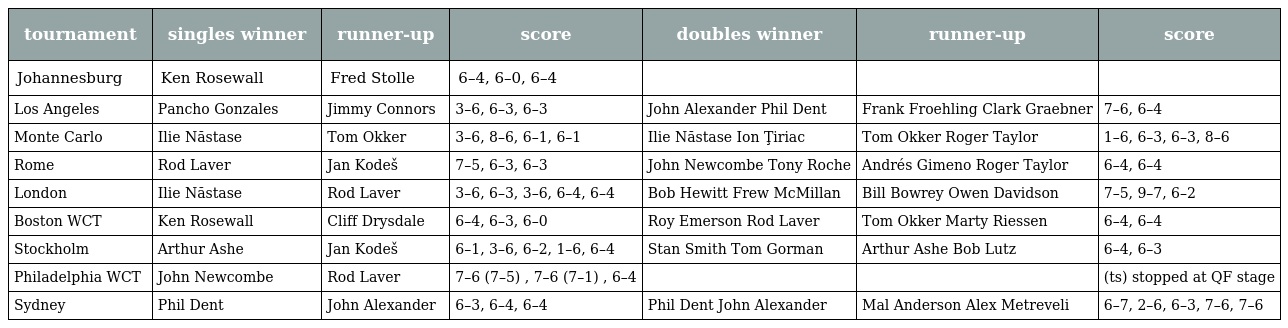
| tournament | singles winner | runner-up | score | doubles winner | runner-up | score |
 | --- | --- | --- | --- | --- | --- | --- |
 | Johannesburg | Ken Rosewall | Fred Stolle | 6–4, 6–0, 6–4 |  |  |  |
 | Los Angeles | Pancho Gonzales | Jimmy Connors | 3–6, 6–3, 6–3 | John Alexander Phil Dent | Frank Froehling Clark Graebner | 7–6, 6–4 |
 | Monte Carlo | Ilie Năstase | Tom Okker | 3–6, 8–6, 6–1, 6–1 | Ilie Năstase Ion Ţiriac | Tom Okker Roger Taylor | 1–6, 6–3, 6–3, 8–6 |
 | Rome | Rod Laver | Jan Kodeš | 7–5, 6–3, 6–3 | John Newcombe Tony Roche | Andrés Gimeno Roger Taylor | 6–4, 6–4 |
 | London | Ilie Năstase | Rod Laver | 3–6, 6–3, 3–6, 6–4, 6–4 | Bob Hewitt Frew McMillan | Bill Bowrey Owen Davidson | 7–5, 9–7, 6–2 |
 | Boston WCT | Ken Rosewall | Cliff Drysdale | 6–4, 6–3, 6–0 | Roy Emerson Rod Laver | Tom Okker Marty Riessen | 6–4, 6–4 |
 | Stockholm | Arthur Ashe | Jan Kodeš | 6–1, 3–6, 6–2, 1–6, 6–4 | Stan Smith Tom Gorman | Arthur Ashe Bob Lutz | 6–4, 6–3 |
 | Philadelphia WCT | John Newcombe | Rod Laver | 7–6 (7–5) , 7–6 (7–1) , 6–4 |  |  | (ts) stopped at QF stage |
 | Sydney | Phil Dent | John Alexander | 6–3, 6–4, 6–4 | Phil Dent John Alexander | Mal Anderson Alex Metreveli | 6–7, 2–6, 6–3, 7–6, 7–6 |